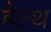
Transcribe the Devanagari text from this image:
हेंल्थ